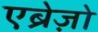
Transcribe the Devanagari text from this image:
एब्रेज़ो